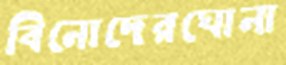
বিনোদেরঘোনা